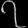
Digit: ၇